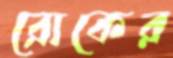
রোকের